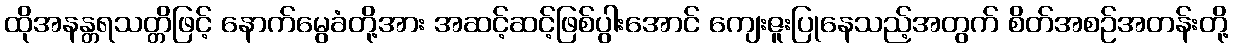
ထိုအနန္တရသတ္တိဖြင့် နောက်မွေခံတို့အား အဆင့်ဆင့်ဖြစ်ပွါးအောင် ကျေးဇူးပြုနေသည့်အတွက် စိတ်အစဉ်အတန်းတို့